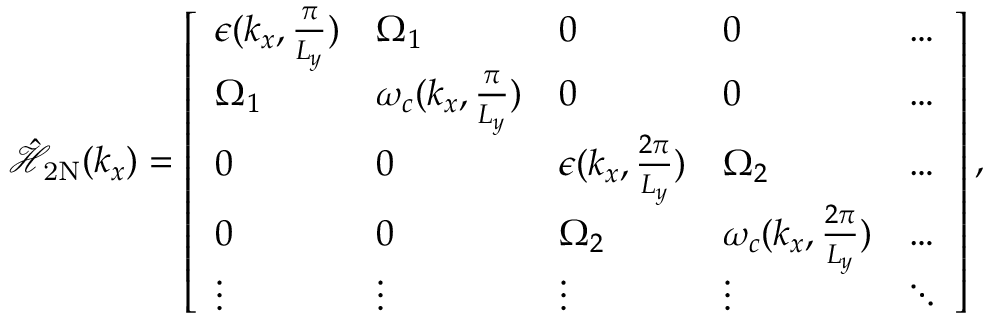
\begin{array} { r } { \mathcal { \hat { H } } _ { \mathrm { 2 N } } ( { k _ { x } } ) = \left[ \begin{array} { l l l l l } { \epsilon ( k _ { x } , \frac { \pi } { L _ { y } } ) } & { { \Omega } _ { 1 } } & { 0 } & { 0 } & { \hdots } \\ { { \Omega } _ { 1 } } & { \omega _ { c } ( { k _ { x } , \frac { \pi } { L _ { y } } } ) } & { 0 } & { 0 } & { \hdots } \\ { 0 } & { 0 } & { \epsilon ( k _ { x } , \frac { 2 \pi } { L _ { y } } ) } & { { \Omega } _ { 2 } } & { \hdots } \\ { 0 } & { 0 } & { { \Omega } _ { 2 } } & { \omega _ { c } ( { k _ { x } , \frac { 2 \pi } { L _ { y } } } ) } & { \hdots } \\ { \vdots } & { \vdots } & { \vdots } & { \vdots } & { \ddots } \end{array} \right] , } \end{array}